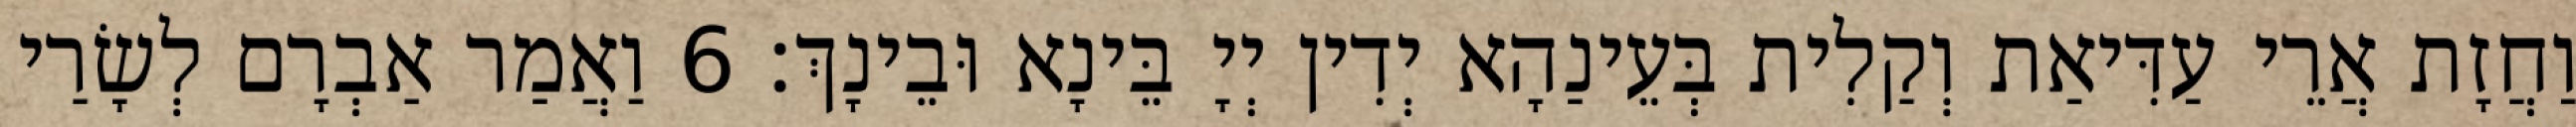
וַחֲזָת אֲרֵי עַדִּיאַת וְקַלִית בְּעֵינַהָא יְדִין יְיָ בֵּינָא וּבֵינָךְ׃ 6 וַאֲמַר אַבְרָם לְשָׂרַי